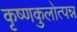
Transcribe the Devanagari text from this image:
कृष्णकुलोत्पन्न